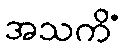
အသကိံ